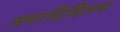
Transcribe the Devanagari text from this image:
जयाद्रिविजय